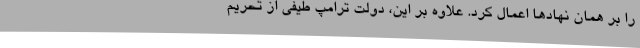
را بر همان نهادها اعمال کرد. علاوه بر این، دولت ترامپ طیفی از تحریم